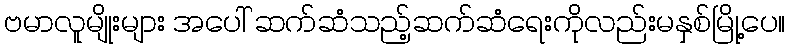
ဗမာလူမျိုးများ အပေါ် ဆက်ဆံသည့်ဆက်ဆံရေးကိုလည်းမနှစ်မြို့ပေ။